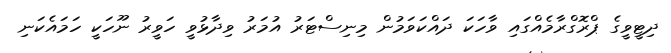
ދިޓީވީގެ ޕްރޮގްރާމެއްގައި ވާހަކަ ދައްކަވަމުން މިނިސްޓަރު އުމަރު ވިދާޅުވީ ހަވީރު ނޫހަކީ ހަމައެކަނި